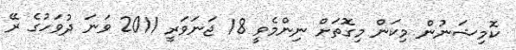
ކޮމިޝަނުން މިކަން މިގޮތަށް ނިންމެވީ 18 ޖަނަވަރީ 2011 ވަނަ ދުވަހުގެ ރޭ